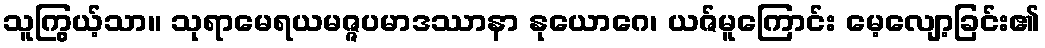
သူကြွယ့်သာ။ သုရာမေရယမဇ္ဇပမာဒဿာနာ နုယောဂေ၊ ယဇ်မူကြောင်း မေ့လျော့ခြင်း၏